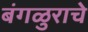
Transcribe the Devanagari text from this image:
बंगळुराचे